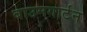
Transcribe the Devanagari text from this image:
बाउमगार्टन